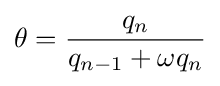
\theta ={\frac {q_{n}}{q_{n-1}+\omega q_{n}}}